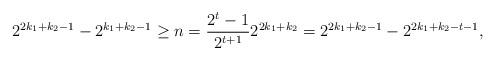
LaTeX: \begin{align*}\begin{aligned}2^{2k_1+k_2-1}-2^{k_1+k_2-1}\geq n &=\frac{2^t-1}{2^{t+1}}2^{2k_1+k_2}=2^{2k_1+k_2-1}-2^{2k_1+k_2-t-1},\end{aligned}\end{align*}